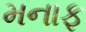
મનાફ